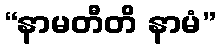
“နာမတီတိ နာမံ”